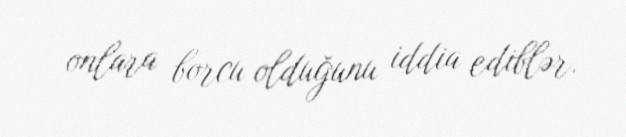
onlara borcu olduğunu iddia ediblər.